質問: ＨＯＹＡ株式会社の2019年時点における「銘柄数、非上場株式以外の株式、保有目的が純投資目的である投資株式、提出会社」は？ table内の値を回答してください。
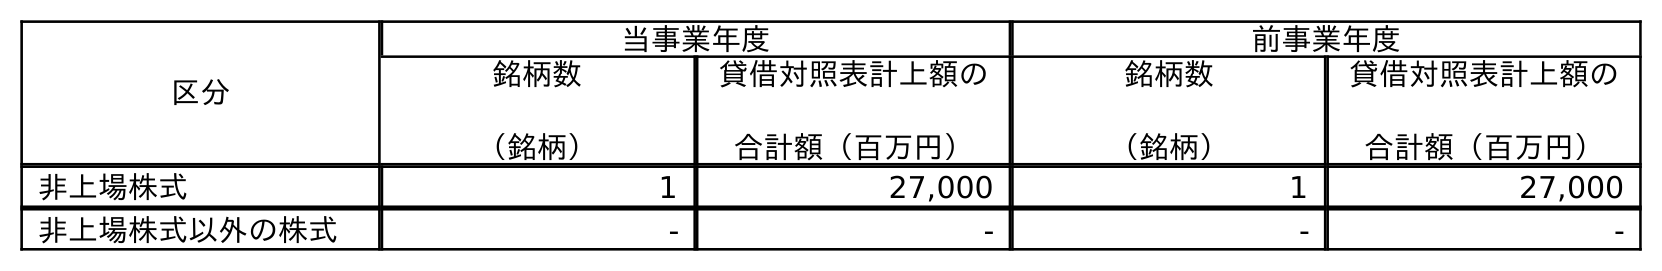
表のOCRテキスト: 区分 当事業年度 前事業年度 銘柄数 （銘柄） 貸借対照表計上額の 合計額（百万円） 銘柄数 （銘柄） 貸借対照表計上額の 合計額（百万円） 非上場株式 1 27,000 1 27,000 非上場株式以外の株式 - - - -
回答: -